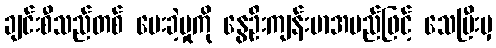
ချင်းစီသည်တစ် ပေးခဲ့မှုကို နွေဦးကျန်းမာအမည်ဖြင့် သေပြီးမှ